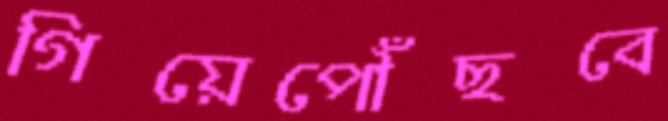
গিয়েপৌঁছবে